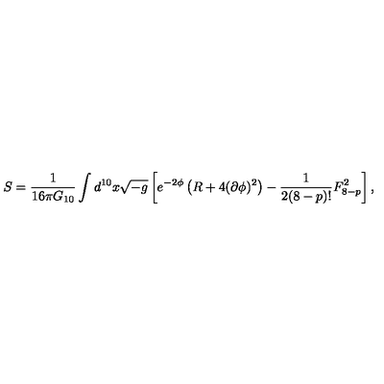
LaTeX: S = \frac { 1 } { 1 6 \pi G _ { 1 0 } } \int d ^ { 1 0 } x \sqrt { - g } \left[ e ^ { - 2 \phi } \left( R + 4 ( \partial \phi ) ^ { 2 } \right) - \frac { 1 } { 2 ( 8 - p ) ! } F _ { 8 - p } ^ { 2 } \right] ,